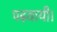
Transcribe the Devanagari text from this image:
पढ़वायी।